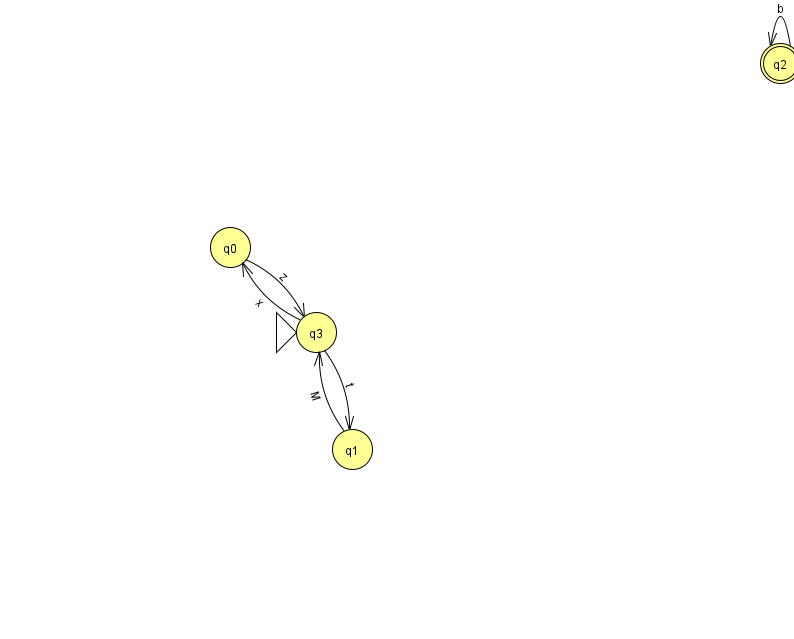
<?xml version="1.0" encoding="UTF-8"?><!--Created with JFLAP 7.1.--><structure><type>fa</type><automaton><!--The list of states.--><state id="0" name="q0"><x>230.0</x><y>234.0</y></state><state id="1" name="q1"><x>352.0</x><y>436.0</y></state><state id="2" name="q2"><x>780.0</x><y>50.0</y><final/></state><state id="3" name="q3"><x>316.0</x><y>319.0</y><initial/></state><!--The list of transitions.--><transition><from>3</from><to>1</to><read>t</read></transition><transition><from>2</from><to>2</to><read>b</read></transition><transition><from>1</from><to>3</to><read>M</read></transition><transition><from>0</from><to>3</to><read>z</read></transition><transition><from>3</from><to>0</to><read>x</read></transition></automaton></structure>